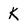
Character: K